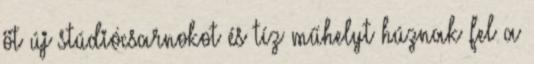
öt új stúdiócsarnokot és tíz műhelyt húznak fel a